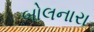
બોલનારા